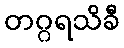
တဂ္ဂရသိခီ